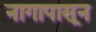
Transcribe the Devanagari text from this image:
नागापासून